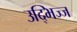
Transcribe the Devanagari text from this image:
उद्भिज्ज